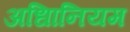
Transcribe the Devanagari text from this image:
अधिानियम